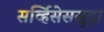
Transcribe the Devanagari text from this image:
सर्व्हिसेससुद्धा